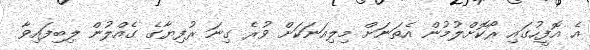
އެ އޮފީހުގައި ރޯކޮށްލުމުން އެތަނަށް މިލިއަނަކަށް ވުރެ ގިނަ ރުފިޔާގެ ގެއްލުން ލިބިފައިވާ